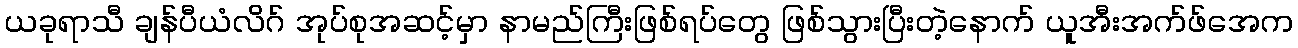
ယခုရာသီ ချန်ပီယံလိဂ် အုပ်စုအဆင့်မှာ နာမည်ကြီးဖြစ်ရပ်တွေ ဖြစ်သွားပြီးတဲ့နောက် ယူအီးအက်ဖ်အေက